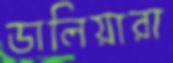
ডালিয়ারা